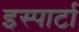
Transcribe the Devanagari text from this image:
इस्पार्टा